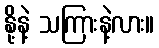
နို့နဲ့ သကြားနဲ့လား။